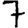
Digit: 7